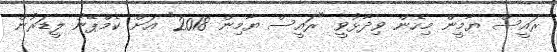
ރައީސް ޔާމީން މިހެން ވިދާޅުވީ "ރައީސް ޔާމިން 2018" އަށް ކެމްޕޭނު ލީޑަރުން